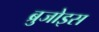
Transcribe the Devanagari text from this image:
ब्रुजोइस